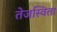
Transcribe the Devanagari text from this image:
तेजस्‍विता